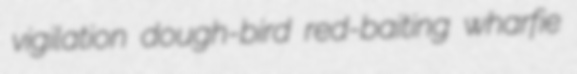
vigilation dough-bird red-baiting wharfie